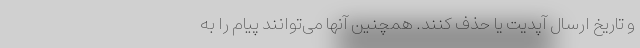
و تاریخ ارسال آپدیت یا حذف کنند. همچنین آنها می‌توانند پیام را به